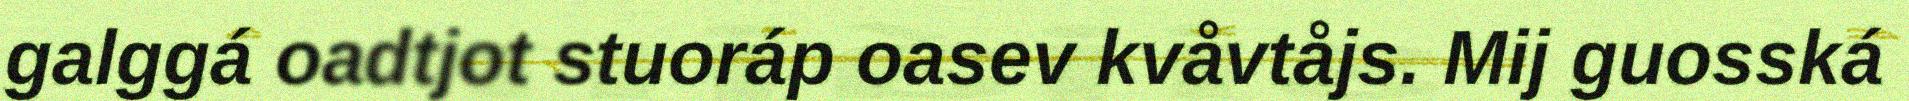
galggá oadtjot stuoráp oasev kvåvtåjs. Mij guosská